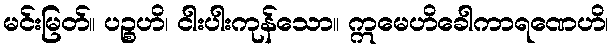
မင်းမြတ်။ ပဉ္စဟိ၊ ငါးပါးကုန်သော။ ဣမေဟိခေါကာရဏေဟိ၊